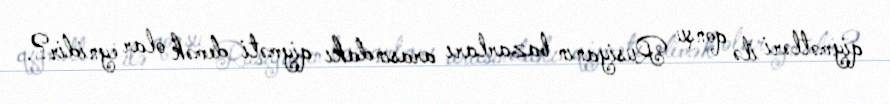
qiymətləri ilə qonşu Rusiyanın bazarları arasındakı qiyməti demək olar eynidir?.